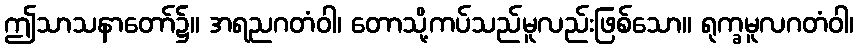
ဤသာသနာတော်၌။ အရညဂတံဝါ၊ တောသို့ကပ်သည်မူလည်းဖြစ်သော။ ရုက္ခမူလဂတံဝါ၊